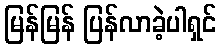
မြန်မြန် ပြန်လာခဲ့ပါရှင်